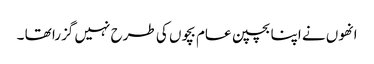
انھوں نے اپنا بچپن عام بچوں کی طرح نہیں گزرا تھا ۔